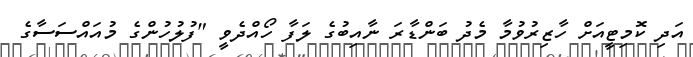
އަދި ކޮމިޓީއަށް ހާޒިރުވުމާ މެދު ބަންޑާރަ ނާއިބުގެ ލަފާ ހޯއްދެވީ "ފުލުހުންގެ މުއައްސަސާގެ